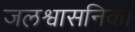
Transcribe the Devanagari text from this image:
जलश्वासनिका